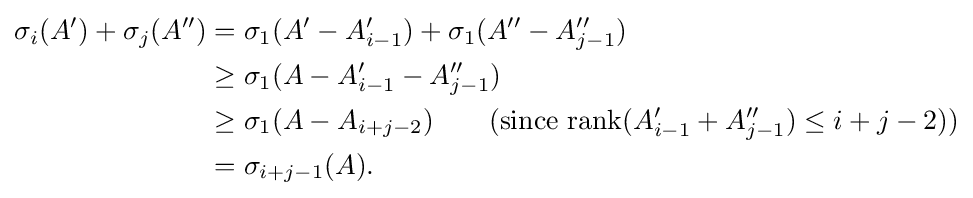
{\begin{aligned}\sigma _{i}(A')+\sigma _{j}(A'')&=\sigma _{1}(A'-A'_{i-1})+\sigma _{1}(A''-A''_{j-1})\\&\geq \sigma _{1}(A-A'_{i-1}-A''_{j-1})\\&\geq \sigma _{1}(A-A_{i+j-2})\qquad ({\text{since }}{\rm {rank}}(A'_{i-1}+A''_{j-1})\leq i+j-2))\\&=\sigma _{i+j-1}(A).\end{aligned}}